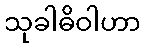
သုခါဓိဝါဟာ